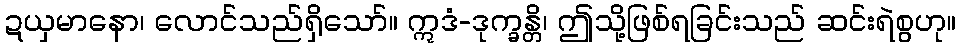
ဍယှမာနော၊ လောင်သည်ရှိသော်။ ဣဒံ-ဒုက္ခန္တိ၊ ဤသို့ဖြစ်ရခြင်းသည် ဆင်းရဲစွဟု။